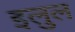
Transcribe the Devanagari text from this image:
इलुल